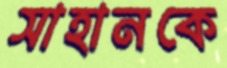
সাহানকে